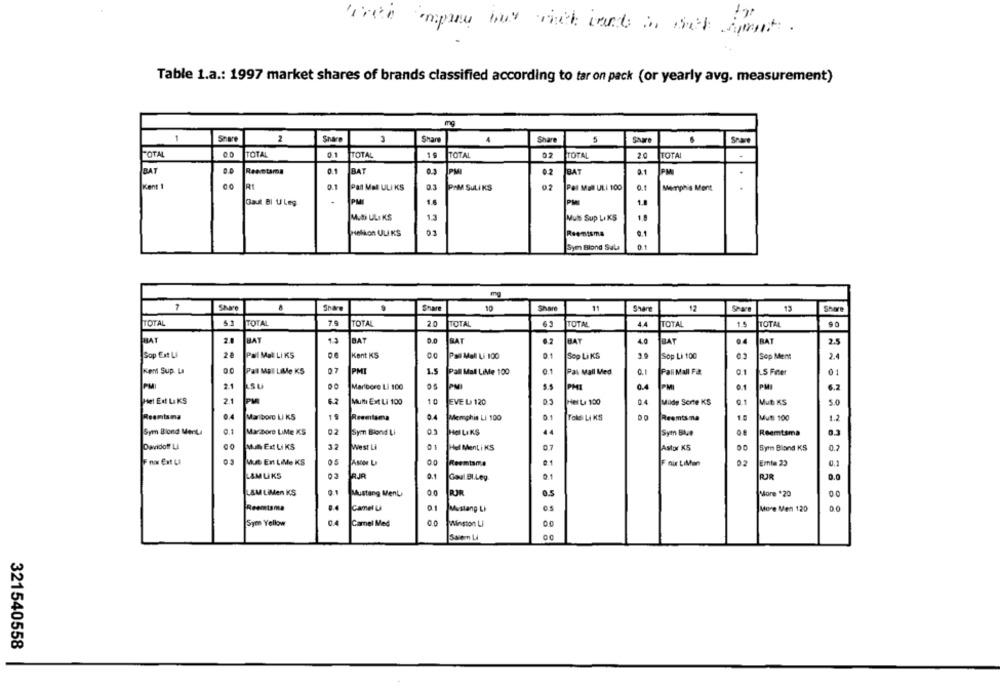
Table 1.a .: 1997 market shares of brands classified according to tar on pack (or yearly avg. measurement)
1
Share
2
Share
Shan
3
4
Share
Share
Shave
TOTAL
TOTAL
0.1
TOTAL
TOTAL
02
TOTAL
20
TOTAL
-
BAT
Rasetama
0.1
BAT
PM
0.2
JOAT
PM
0.1
Pal Mal ULI 100
Pan Mal ULI KS
PAM SuLİKS
Memphis Ment
Gas BI ULeg
PME
PMI
MUD UL. KS
Muls Sup Li KS
Helikon ULI KS
03
Reemtsma
.. 1
Sym Blond Sala
0.1
mg
7
Share
Share
10
Share
11
Share
12
13
TOTAL
5.1
TOTAL
7.9
TOTAL
2.0
TOTAL
TOTAL
44
TOTAL
15
TOTAL
BAY
BAT
BAT
D.D
BAT
BAT
4.0
BAT
RAT
2.5
Sop Ext Li
2 8
Pal Mal Li KS
Kent KS
Pal Mall Li 100
Sep LiKS
2.9
Sop Li 100
Sop Ment
2.4
Kent Sup. La
Pal Mal Lile KS
07
PMI
1.5
Pall Mall LiMe 100
Pal Mall Med
Q.1
Pall Mall F&
S Fiter
PM
21
Su
Maribore LI 100
PHI
0.4
PMI
0.1
Hel Edt Li KS
2.1
6.2
10
EVE La 120
04
Mulde Sorte KS
5.0
PM
Multi Ext Li 100
Hel Le 100
Mut KS
Reemtsma
Marlboro LIK5
Reemtsma
0.4
Memphis LI 100
Told Li KS
Reemtsma
Mut 100
1.2
Sym Biond Ment
Marzore LiMe KS
02
Sym Biond Li
0.3
HO LIKS
44
Sym Blue
Reemtsma
Davidoff LI
MEKLIKS
32
West Li
01
Hell Ment i KS
07
Astor KS
Syn Blond KS
Fro Ext Ll
Mut En LiMe KS
Ascon La
00
Reemtsma
0.1
Emte 23
F air LiMan
LAMUKS
0.1
RJR
0.0
Goal Bl.Ley.
0.1
L&M LiMen KS
Mustang MenL
0.0
RJR
0.5
More *20
Reemtsma
.. 4
Camel u
01
Mustang Li
More Men 120
Sym Yellow
04
Camel Med
Winston Li
OC
321540558